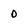
Character: o